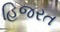
હિજરત